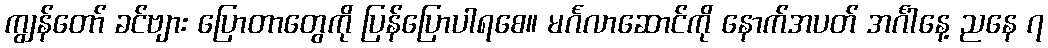
ကျွန်တော် ခင်ဗျား ပြောတာတွေကို ပြန်ပြောပါရစေ။ မင်္ဂလာဆောင်ကို နောက်အပတ် အင်္ဂါနေ့ ညနေ ၇